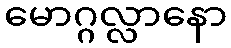
မောဂ္ဂလ္လာနော